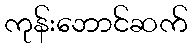
ကုန်းဘောင်ဆက်